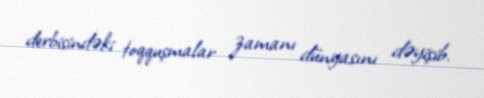
derbisindəki toqquşmalar zamanı dünyasını dəyişib.